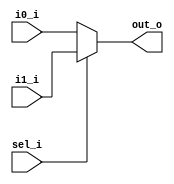
module mux_2_1_assign
(
input i0_i,
input i1_i,
input sel_i,
output out_o
);

// not G1 (not1,sel_i);
// and G2 (and1,i0_i,not1);
// and G3 (and2,i1_i,sel_i);
// or G4 (out_o,and1,and2);

assign out_o = (sel_i == 1'b0) ? i0_i : i1_i;

endmodule